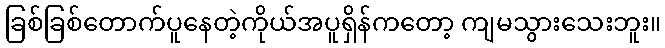
ခြစ်ခြစ်တောက်ပူနေတဲ့ကိုယ်အပူရှိန်ကတော့ ကျမသွားသေးဘူး။